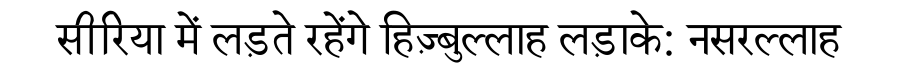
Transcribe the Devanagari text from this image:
सीरिया में लड़ते रहेंगे हिज़्बुल्लाह लड़ाके: नसरल्लाह